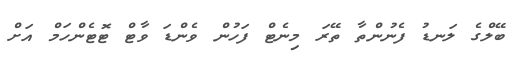
ބޭލްގެ ލަނޑު ފެނުންތާ ތޭރަ މިނެޓް ފަހުން ވެންޑަ ވާޓް ޓޮޓެންހަމް އަށް